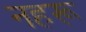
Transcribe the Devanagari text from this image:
नहरू